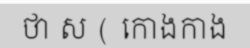
ថា ស ( កោងកាង